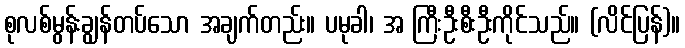
စုလစ်မွန်းချွန်တပ်သော အချက်တည်း။ ပမုခါ၊ အ ကြီးဦးစီးဦးကိုင်သည်။ (လိင်ပြန်)။